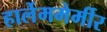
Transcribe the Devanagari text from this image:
हार्लेममेर्मीर